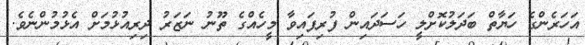
އަހަރެންގެ ހަޔާތް ބަދަލުކޮށްލީ ހަސަދައިން ފުރިފައިވާ މީހެއްގެ ތޫނު ނަޒަރު ދިރިއުޅުމަށް އެޅުމުންނެވެ.